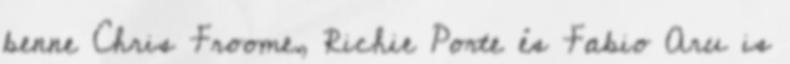
benne Chris Froome, Richie Porte és Fabio Aru is